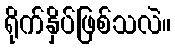
ရိုက်နှိပ်ဖြစ်သလဲ။